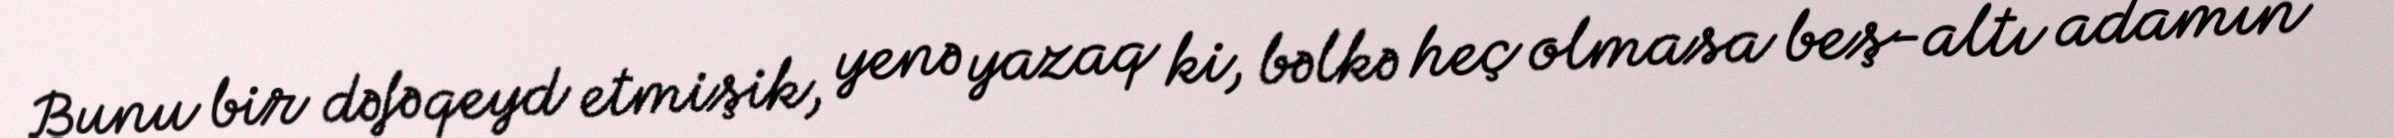
Bunu bir dəfə qeyd etmişik, yenə yazaq ki, bəlkə heç olmasa beş-altı adamın